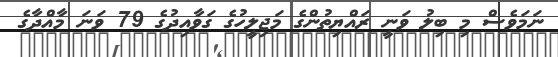
ނަމަވެސް މި ބިލު ވަނީ ރައްޔިތުންގެ މަޖިލީހުގެ ގަވާއިދުގެ 79 ވަނަ މާއްދާގެ